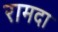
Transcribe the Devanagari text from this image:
रामदा